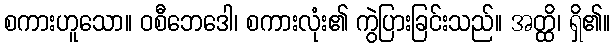
စကားဟူသော။ ဝစီဘေဒေါ၊ စကားလုံး၏ ကွဲပြားခြင်းသည်။ အတ္ထိ၊ ရှိ၏။